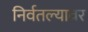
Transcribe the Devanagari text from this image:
निर्वतल्यावर